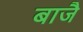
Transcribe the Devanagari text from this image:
बाजै